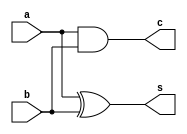
`timescale 1ns / 1ps
       
module half_adder(
    input a,
    input b,
    output s,
    output c
    );
  
xor x1(s,a,b);
and a1(c,a,b);
endmodule